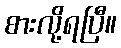
စားလို့ရပြီ။